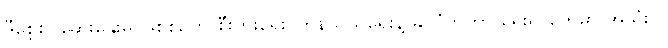
ဒီစေ့စပ်ဆွေးနွေးမှု ဖြစ်စဉ်ကို စီးပွားရေး၊ ကုန်သွယ်ရေးနဲ့ နိုင်ငံတကာ ရေးရာတွေမှာ အသုံးပြု